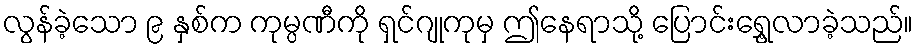
လွန်ခဲ့သော ၉ နှစ်က ကုမ္ပဏီကို ရှင်ဂျုကုမှ ဤနေရာသို့ ပြောင်းရွှေ့လာခဲ့သည်။